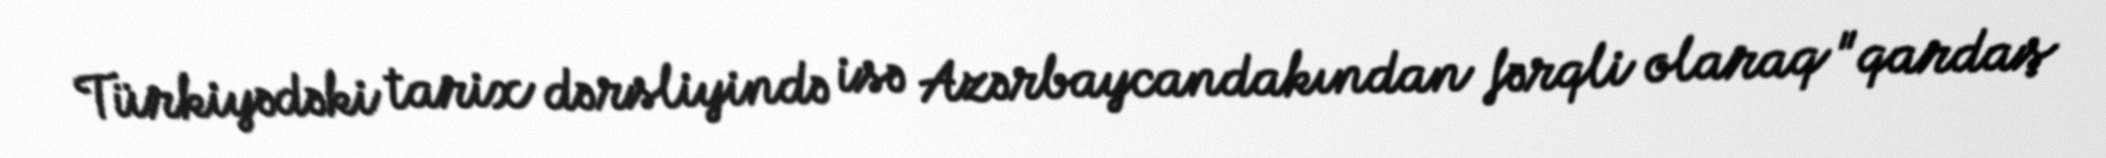
Türkiyədəki tarix dərsliyində isə Azərbaycandakından fərqli olaraq "qardaş